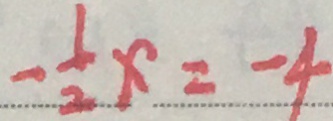
- \frac { 1 } { 2 } x = - 4